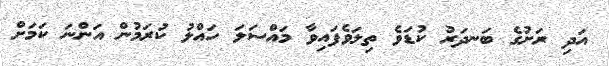
އަދި ރަށުގެ ބަނދަރު ކުޑަވެ ތިލަވެފައިވާ މައްސަލަ ހައްލު ކުރަމުން އަންނަ ކަމަށް